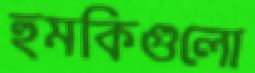
হুমকিগুলো